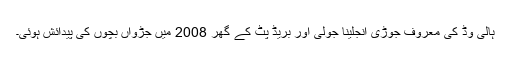
ہالی وڈ کی معروف جوڑی انجلینا جولی اور بریڈ پٹ کے گھر 2008 میں جڑواں بچوں کی پیدائش ہوئی۔